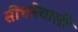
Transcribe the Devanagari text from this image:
सींचनेवाली